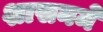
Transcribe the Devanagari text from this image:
शासनमें